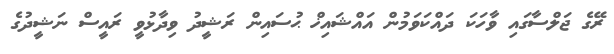
ރޭގެ ޖަލްސާގައި ވާހަކަ ދައްކަވަމުން އައްޝައިޚް ޙުސައިން ރަޝީދު ވިދާޅުވީ ރައީސް ނަޝީދުގެ